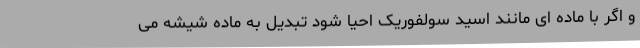
و اگر با ماده ای مانند اسید سولفوریک احیا شود تبدیل به ماده شیشه می